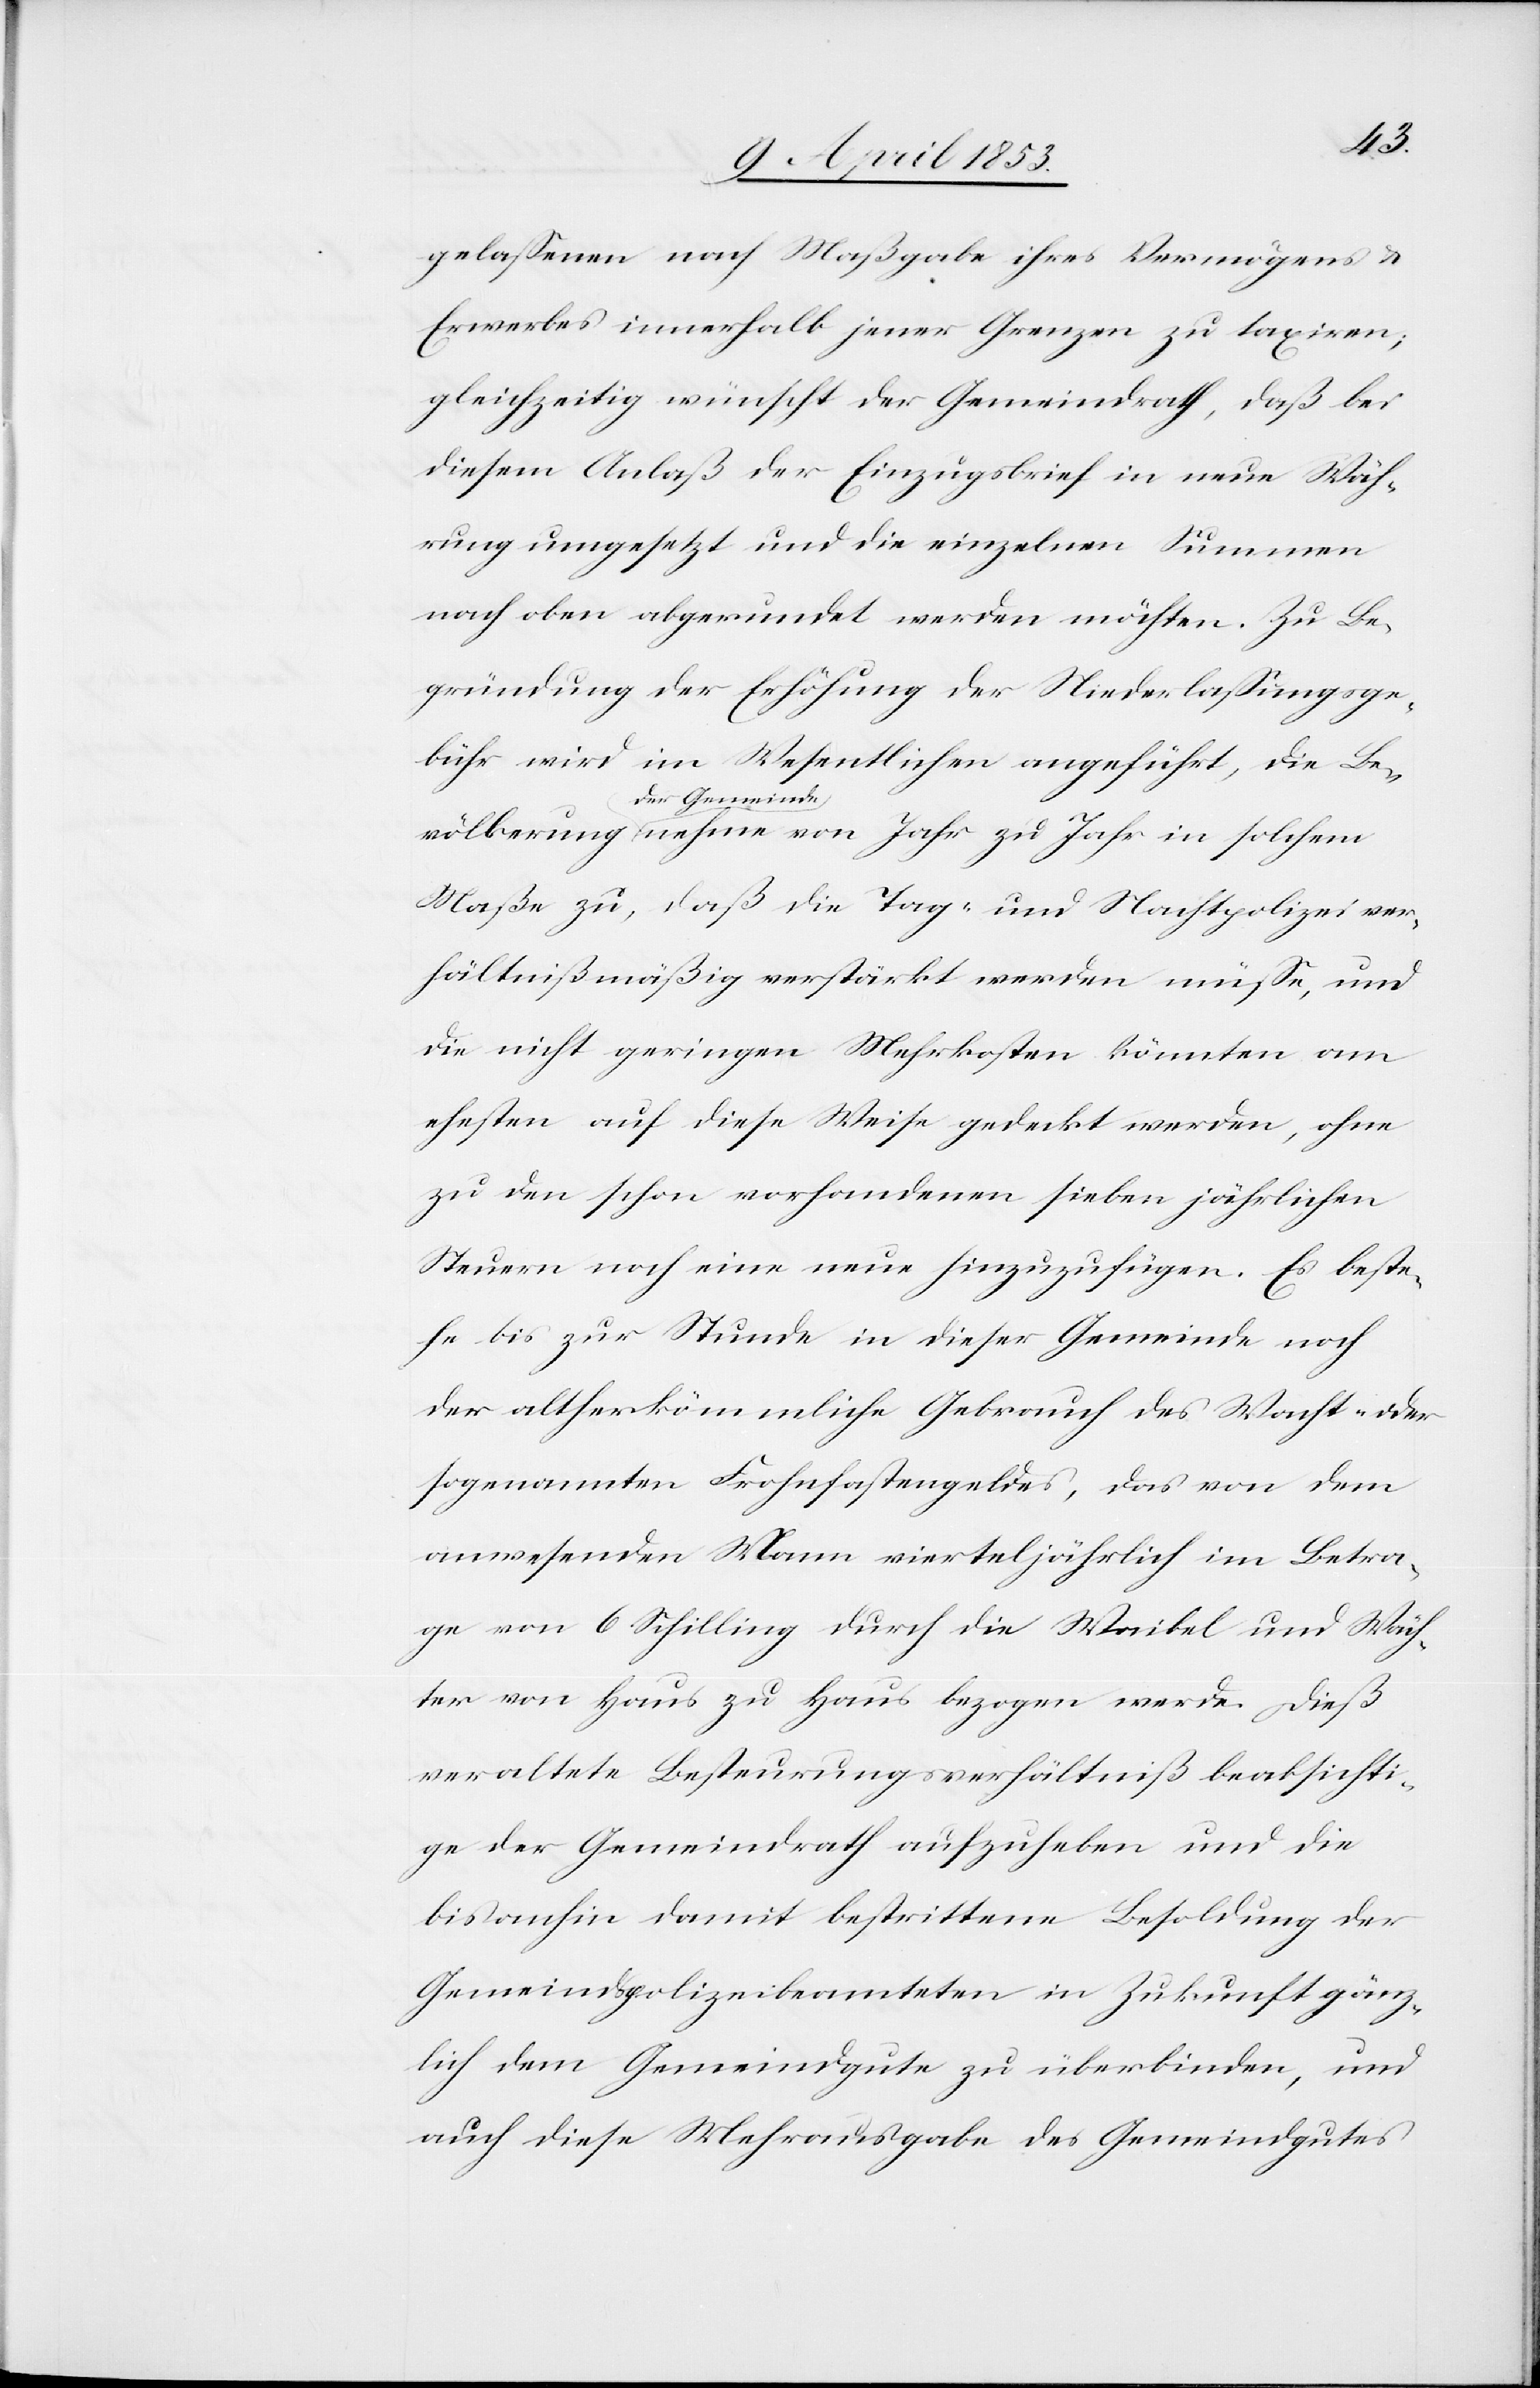
lkerung
gelaßenen nach Maßgabe ihres Vermögens u.
Erwerbes innerhalb jener Grenzen zu taxiren;
gleichzeitig wünscht der Gemeindrath, daß bei
diesem Anlaß der Einzugsbrief in neue Wäh¬
rung umgesetzt und die einzelnen Summen
nach oben abgerundet werden möchten. Zu Be¬
gründung der Erhöhung der Niederlaßungsge¬
bühr wird im Wesentlichen angeführt, die Bevö¬
der Gemeinde
Maße zu, daß die Tag- und Nachtpolizei ver¬
hältnißmäßig verstärkt werden müße, und
die nicht geringen Mehrkosten könnten am
ehesten auf diese Weise gedeckt werden, ohne
zu den schon vorhandenen sieben jährlichen
Steuern noch eine neue hinzuzufügen. Es beste¬
he bis zur Stunde in dieser Gemeinde noch
der altherkömmliche Gebrauch des Wacht- oder
sogenannten Frohngegenstandes, das von dem
anwesenden Mann vierteljährlich im Betra¬
ge von 6 Schilling durch die Waibel und Wäch¬
ter von Haus zu Haus bezogen werde. Dieß
veraltete Besteurungsverhältniß beabsichti¬
ge der Gemeindrath aufzuheben und die
bisanhin damit bestrittene Besoldung der
Gemeindspolizeibeamteten in Zukunft gänz¬
lich dem Gemeindgute zu überbinden, und
auch diese Mehrausgabe des Gemeindgutes